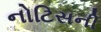
નોટિસની